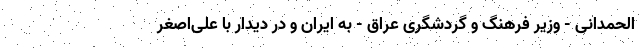
الحمدانی - وزیر فرهنگ و گردشگری عراق - به ایران و در دیدار با علی‌اصغر